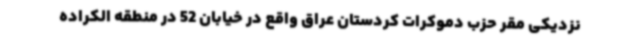
نزدیکی مقر حزب دموکرات کردستان عراق واقع در خیابان 52 در منطقه الکراده